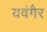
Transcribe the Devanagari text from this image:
यवंगैर